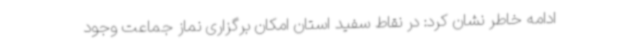
ادامه خاطر نشان کرد: در نقاط سفید استان امکان برگزاری نماز جماعت وجود